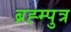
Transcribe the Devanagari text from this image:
ब्रह्म्पुत्र